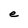
Character: e